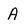
Character: A